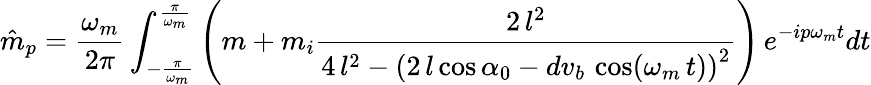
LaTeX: \hat{m}_{p}=\frac{\omega_{m}}{2\pi}\int_{-\frac{\pi}{\omega_{m}}}^{\frac{\pi}{\omega_{m}}}\left(m+m_{i}\frac{2\, l^{2}}{4\, l^{2}-{\left(2\, l\cos{\alpha_{0}}-dv_{b}\, \cos(\omega_{m}\, t)\right)}^{2}}\right)\, e^{-ip\omega_{m}t}dt